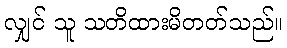
လျှင် သူ သတိထားမိတတ်သည်။